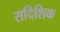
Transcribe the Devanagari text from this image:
सदिशिक